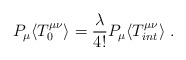
\begin{align*}P_{\mu} \langle T_{0}^{\mu \nu} \rangle =\frac{\lambda}{4!}P_{\mu}\langle T_{int}^{\mu \nu} \rangle \ .\end{align*}